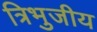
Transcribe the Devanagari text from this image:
त्रिभुजीय